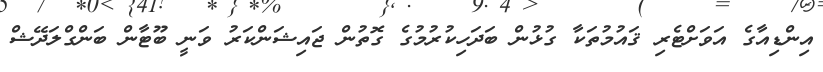
އިންޑިއާގެ އަވަށްޓެރި ޤައުމުތަކާ ގުޅުން ބަދަހިކުރުމުގެ ގޮތުން ޖައިޝަންކަރު ވަނީ ބޫޓާން ބަންގްލަދޭޝް